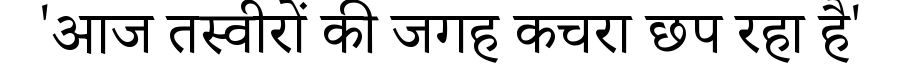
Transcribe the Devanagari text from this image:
'आज तस्वीरों की जगह कचरा छप रहा है'